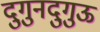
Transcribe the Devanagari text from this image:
दुगुनदुगुऊ